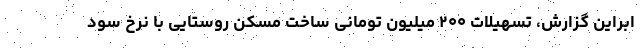
ابراین گزارش، تسهیلات ۲۰۰ میلیون تومانی ساخت مسکن روستایی با نرخ سود